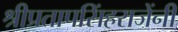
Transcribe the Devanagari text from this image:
श्रीप्रतापसिंहराजेंनी